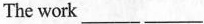
The work___ ___